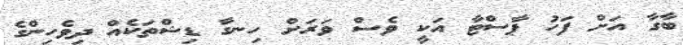
ބާގާ އަށް ފަހު ޕާސްޓާ އަކީ ވެސް ވަރަށް ހިނގާ ޑިޝްތަކެއް ދިވެހިންގެ